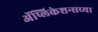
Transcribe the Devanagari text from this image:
ॲप्लिकेशन्सच्या